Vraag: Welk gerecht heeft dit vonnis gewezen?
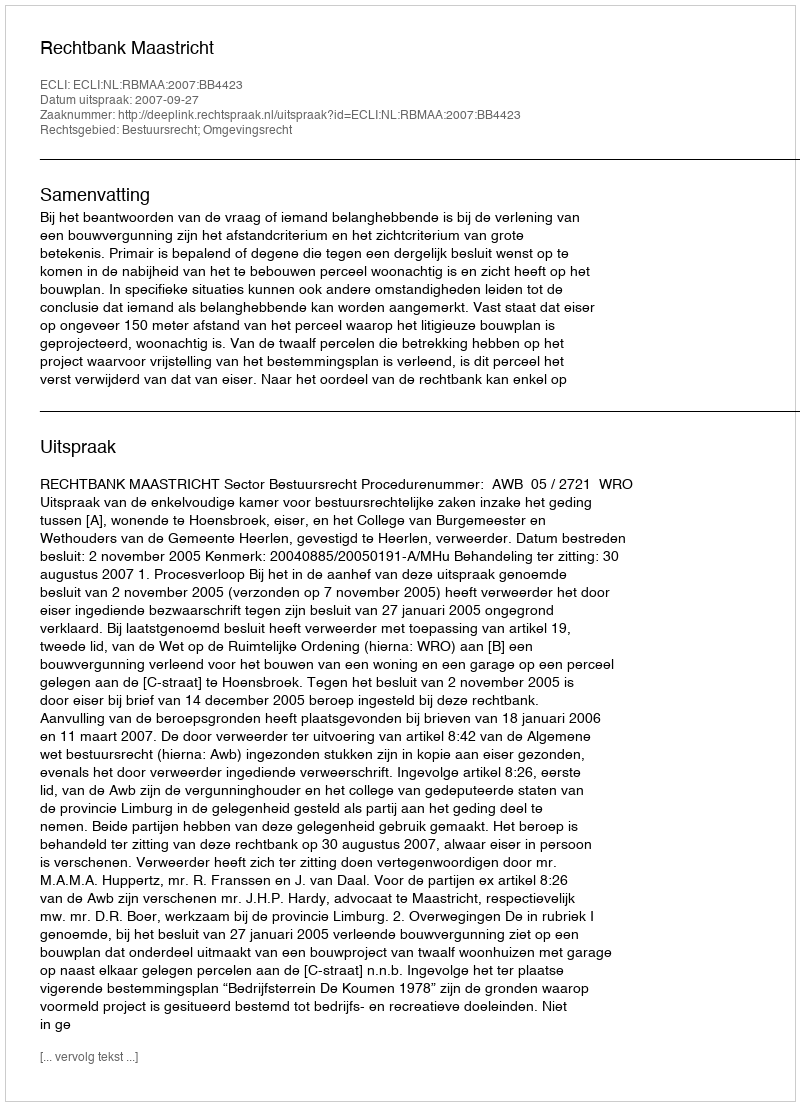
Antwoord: Rechtbank Maastricht